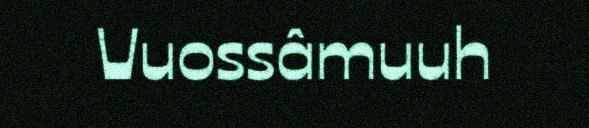
Vuossâmuuh